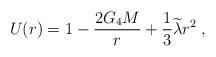
LaTeX: \begin{align*}U(r)=1-\frac{2G_4M}r+\frac 13\widetilde{\lambda }r^2\;, \end{align*}